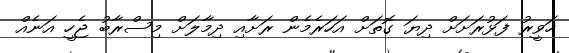
ހަވީރު ފަޅުރަށަށް ދިޔަ ގޮތަށް އަހަރެމެން ރަށާއި ދިމާލަށް މިސްރާބު ޖެހީ އަނެއް